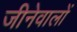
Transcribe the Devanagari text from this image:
जीनेवालों